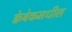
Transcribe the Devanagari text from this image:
क्वेबेकमधील